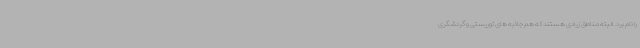
را نام برد. البته مناطق زیادی هستند که هم جاذبه های توریستی و گردشگری